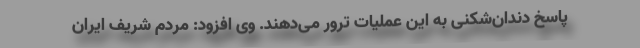
پاسخ دندان‌شکنی به این عملیات ترور می‌دهند. وی افزود: مردم شریف ایران